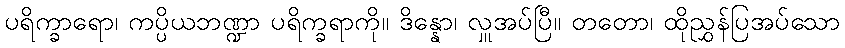
ပရိက္ခာရော၊ ကပ္ပိယဘဏ္ဍာ ပရိက္ခရာကို။ ဒိန္နော၊ လှူအပ်ပြီ။ တတော၊ ထိုညွှန်ပြအပ်သော